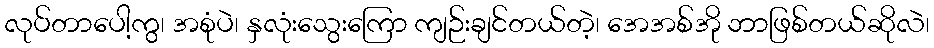
လုပ်တာပေါ့ကွ၊ အစုံပဲ၊ နှလုံးသွေးကြော ကျဉ်းချင်တယ်တဲ့၊ အေအစ်အို ဘာဖြစ်တယ်ဆိုလဲ၊